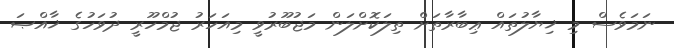
ނަމަވެސް މި ޚިޔާލުތައް ޢިބާރާތަށް ތިލަކޮށްލަން މަޖުބޫރުވީ މިއަހަރު ޖުމްހޫރީ ދުވަހުގެ ޚާއްޞަ